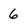
Character: 6